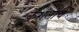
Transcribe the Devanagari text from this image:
केशलोंच